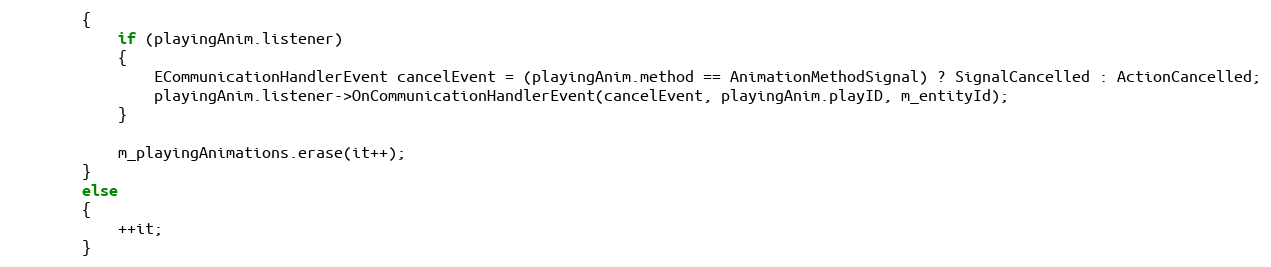
Language: C++
		{
			if (playingAnim.listener)
			{
				ECommunicationHandlerEvent cancelEvent = (playingAnim.method == AnimationMethodSignal) ? SignalCancelled : ActionCancelled;
				playingAnim.listener->OnCommunicationHandlerEvent(cancelEvent, playingAnim.playID, m_entityId);
			}

			m_playingAnimations.erase(it++);
		}
		else
		{
			++it;
		}